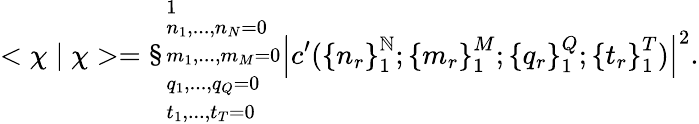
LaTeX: <\chi\mid\chi>=\S_{\begin{array}{l}{{{\scriptstyle n_{1},...,n_{N}=0}}}\\ {{{\scriptstyle m_{1},...,m_{M}=0}}}\\ {{{\scriptstyle q_{1},...,q_{Q}=0}}}\\ {{{\scriptstyle t_{1},...,t_{T}=0}}}\end{array}}^{1}{\left|c^{\prime}({\{ n_{r}\} }_{1}^{\mathbb{N}};{\{ m_{r}\} }_{1}^{M};{\{ q_{r}\} }_{1}^{Q};{\{ t_{r}\} }_{1}^{T})\right|}^{2}.